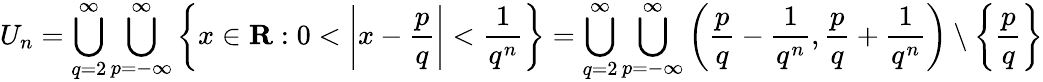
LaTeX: U_{n}=\bigcup_{q=2}^{\infty}\bigcup_{p=-\infty}^{\infty}\left\{ x\in\mathbf{R}:0<\left|x-{\frac{p}{q}}\right|<{\frac{1}{q^{n}}}\right\} =\bigcup_{q=2}^{\infty}\bigcup_{p=-\infty}^{\infty}\left({\frac{p}{q}}-{\frac{1}{q^{n}}},{\frac{p}{q}}+{\frac{1}{q^{n}}}\right)\setminus\left\{ {\frac{p}{q}}\right\}